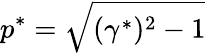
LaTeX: p^{*}=\sqrt{(\gamma^{*})^{2}-1}